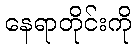
နေရာတိုင်းကို